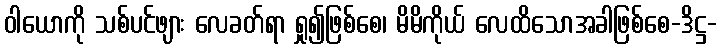
ဝါယောကို သစ်ပင်ဖျား လေခတ်ရာ ရှု၍ဖြစ်စေ၊ မိမိကိုယ် လေထိသောအခါဖြစ်စေ-ဒိဋ္ဌ-